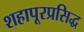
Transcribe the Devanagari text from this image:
शहापूरप्रसिद्ध